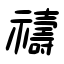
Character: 禱